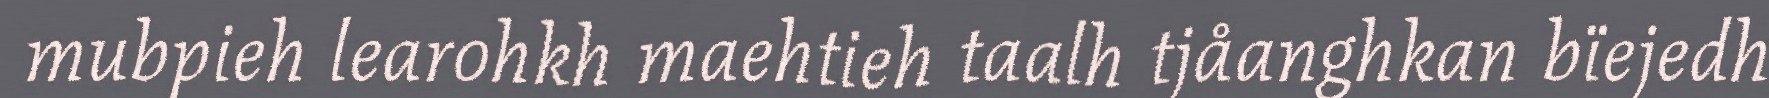
mubpieh learohkh maehtieh taalh tjåanghkan bïejedh